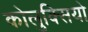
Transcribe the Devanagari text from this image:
कोलुक्सियो